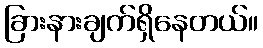
ခြားနားချက်ရှိနေတယ်။